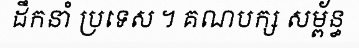
ដឹកនាំ ប្រទេស ។ គណបក្ស សម្ព័ន្ធ